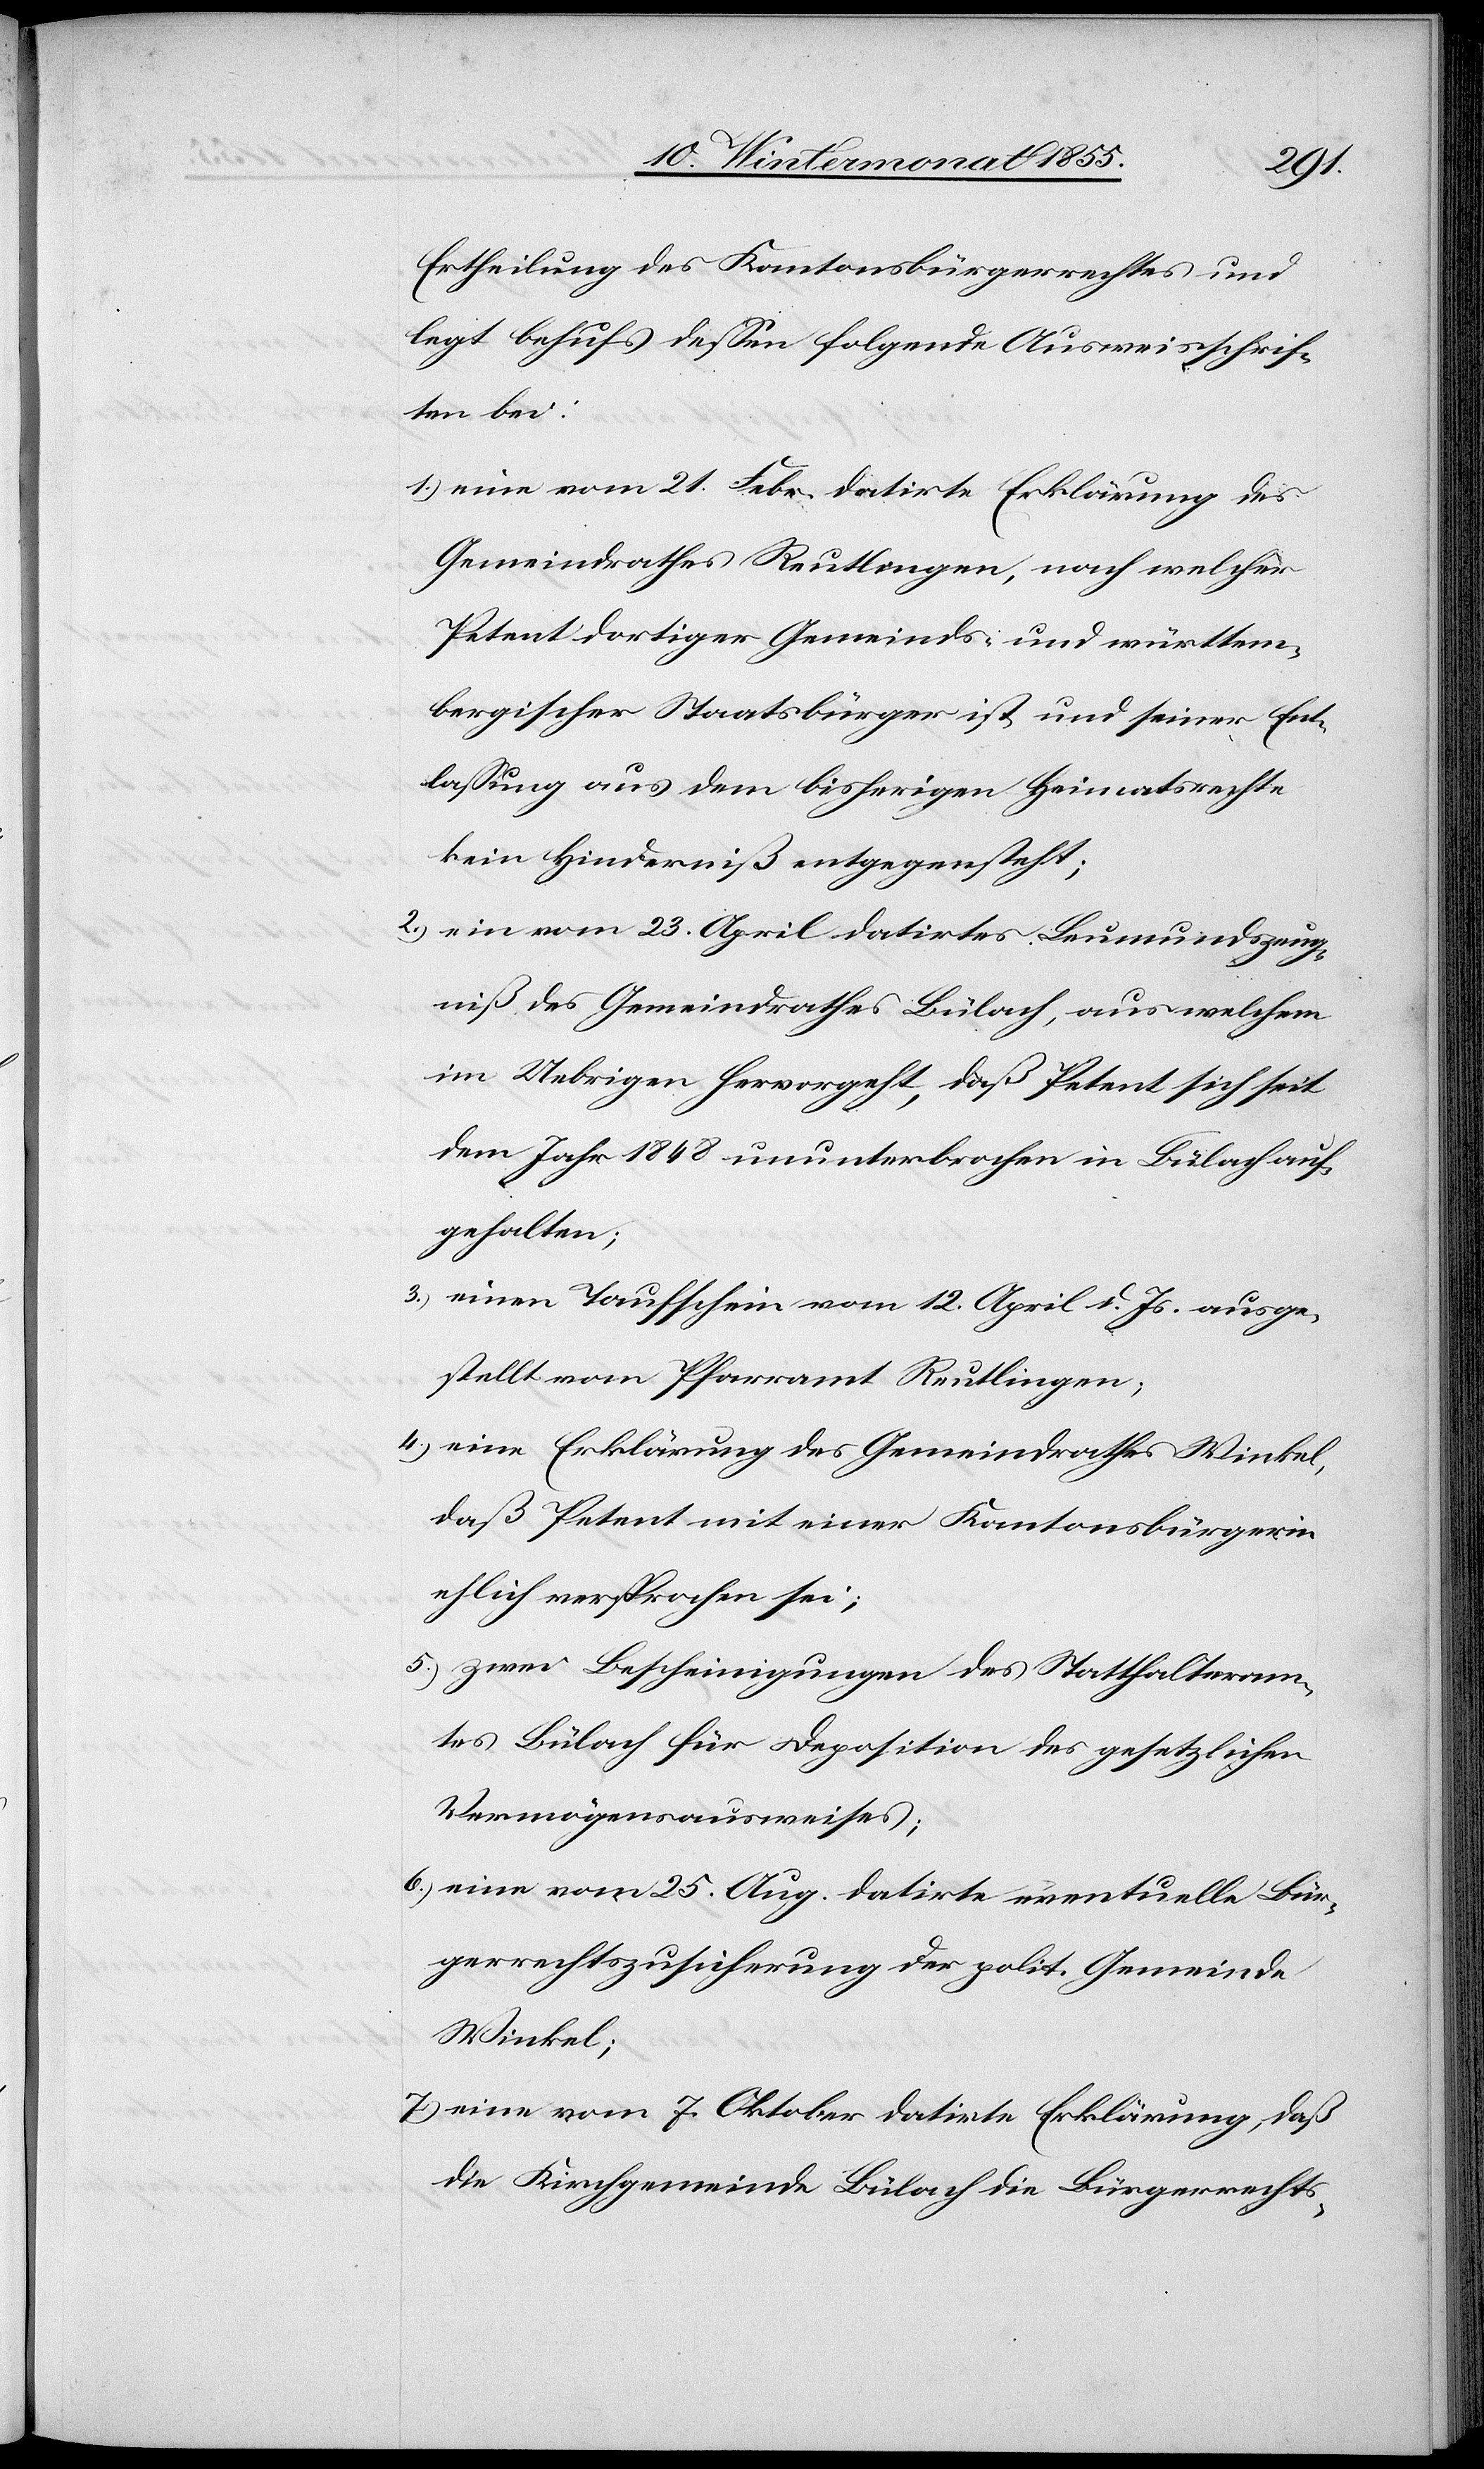
5.)

Ertheilung des Kantonsbürgerrechtes und
legt behufs dessen folgende Ausweisschrif¬
ten bei:
eine vom 21. Febr. datirte Erklärung des
Gemeindrathes Reutlingen, nach welcher
Petent dortiger Gemeinds- und württem¬
bergischer Staatsbürger ist und seiner Ent¬
lassung aus dem bisherigen Heimatsrechte
kein Hinderniß entgegensteht;
ein vom 23. April datirtes Leumundszeug¬
niß des Gemeindrathes Bülach, aus welchem
im Uebrigen hervorgeht, daß Petent sich seit
dem Jahr 1848 ununterbrochen in Bülach auf¬
gehalten;
einen Taufschein vom 12. April d. Js. ausge¬
stellt vom Pfarramt Reutlingen;
eine Erklärung des Gemeindrathes Winkel,
daß Petent mit einer Kantonsbürgerin
ehlich versprochen sei;
zwei Bescheinigungen des Statthalteram¬
tes Bülach für Deposition des gesetzlichen
Vermögensausweises;
eine vom 25. Aug. datirte eventuelle Bür¬
gerrechtszusicherung der polit. Gemeinde
Winkel;
eine vom 7. Oktober datirte Erklärung, daß
die Kirchgemeinde Bülach die Bürgerrechts-